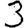
Digit: 3